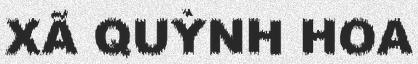
XÃ QUỲNH HOA